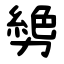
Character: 㔢